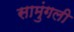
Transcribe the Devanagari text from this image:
सामुंगली